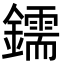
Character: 鑐